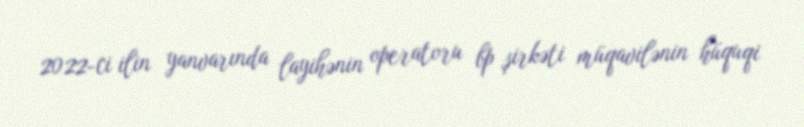
2022-ci ilin yanvarında layihənin operatoru bp şirkəti müqavilənin hüquqi